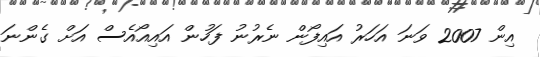
އިން 2007 ވަނަ އަހަރު އައިފޯން ނެރުނު ފަހުން އައިއޯއެސް އަށް ގެންނަ